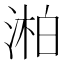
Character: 湐